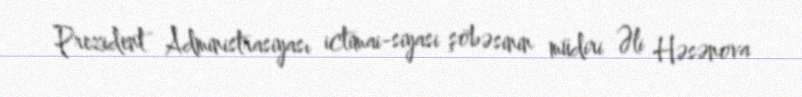
Prezident Administrasiyası ictimai-siyasi şöbəsinin müdiri Əli Həsənova